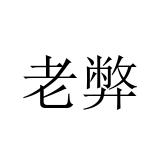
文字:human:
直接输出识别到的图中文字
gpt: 老弊